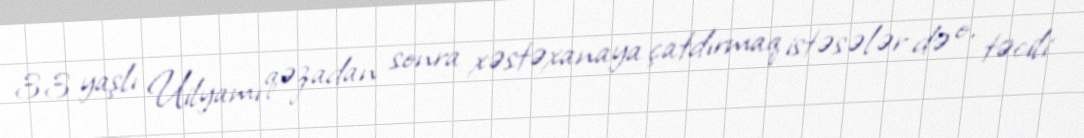
33 yaşlı Uilyamı qəzadan sonra xəstəxanaya çatdırmaq istəsələr də o, təcili